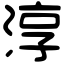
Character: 淳